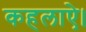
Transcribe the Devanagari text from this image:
कहलाऐ।